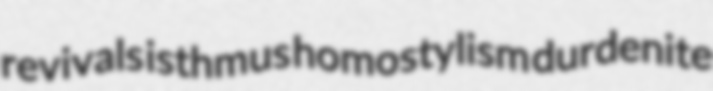
revivals isthmus homostylism durdenite